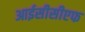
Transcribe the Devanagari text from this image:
आईसीसीएफ